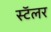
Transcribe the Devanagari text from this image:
स्टॅलर